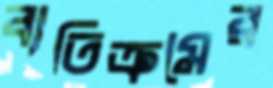
ব্যতিক্রমের